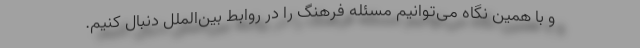
و با همین نگاه می‌توانیم مسئله فرهنگ را در روابط بین‌الملل دنبال کنیم.